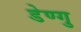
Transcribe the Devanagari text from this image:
डेण्गु